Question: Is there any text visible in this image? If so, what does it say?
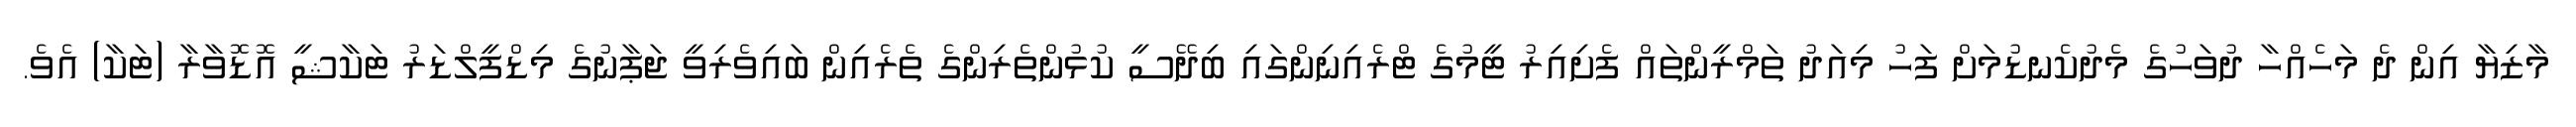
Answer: މާޒިޔާ އިން ދެ މަހެއްހާ ދުވަހުގެ މެދުކެނޑުމަށް ފަހު މިއަދު ތަމްރީންތައް ފެށިއިރު ޓީމުގެ ޓްރެއިނިންގައި ބިދޭސީ ކުޅުންތެރިންގެ ތެރެއިން ބައިވެރިވީ ޖަޕާނުގެ މިޑްފީލްޑަރު ޓަކާޝީ އޮޑޮވާރާ (ޓަކާ) އެވެ.